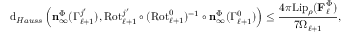
\mathrm { d } _ { H a u s s } \left( \mathbf { n } _ { \infty } ^ { \Phi } ( \Gamma _ { \ell + 1 } ^ { j ^ { \prime } } ) , \mathrm { R o t } _ { \ell + 1 } ^ { j ^ { \prime } } \circ ( \mathrm { R o t } _ { \ell + 1 } ^ { 0 } ) ^ { - 1 } \circ \mathbf { n } _ { \infty } ^ { \Phi } ( \Gamma _ { \ell + 1 } ^ { 0 } ) \right) \leq \frac { 4 \pi \mathrm { L i p } _ { \rho } ( \mathbf { F } _ { \ell } ^ { \Phi } ) } { 7 \Omega _ { \ell + 1 } } ,